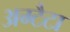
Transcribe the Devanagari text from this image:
अम्टैटा